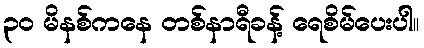
၃ဝ မိနစ်ကနေ တစ်နာရီခန့် ရေစိမ်ပေးပါ။